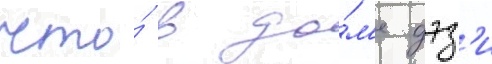
что́ в до́м'е дэз'и